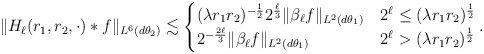
\begin{align*}\|H_\ell (r_1,r_2,\cdot)*f\|_{L^6(d\theta_2)} \lesssim\begin{cases}(\lambda r_1 r_2)^{-\frac 12}2^{\frac{\ell}{3}}\|\beta_\ell f\|_{L^2(d\theta_1)} & 2^\ell \leq (\lambda r_1 r_2)^{\frac 12}\\2^{-\frac {2 \ell}3}\|\beta_\ell f\|_{L^2(d\theta_1)} & 2^\ell > (\lambda r_1 r_2)^{\frac 12}\end{cases}.\end{align*}